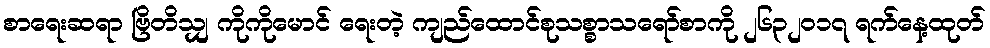
စာရေးဆရာ ဗြိတိသျှ ကိုကိုမောင် ရေးတဲ့ ကျည်ထောင်စုသစ္စာသရော်စာကို ၂၆၃၂ဝ၁၇ ရက်နေ့ထုတ်